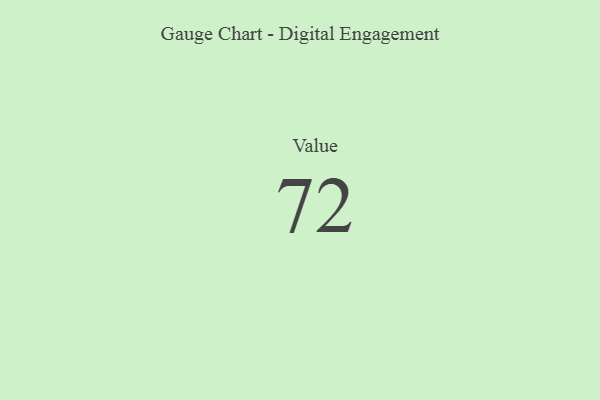
{"axis": {"x": "Metric", "y": "Value"}, "legend": [""], "data": [{"x": "Value", "y": 72, "type": ""}]}